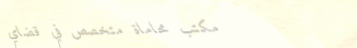
مكتب محاماة متخصص في قضاي